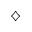
\diamondsuit